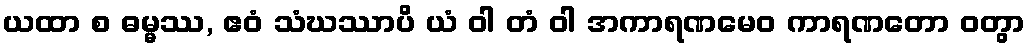
ယထာ စ ဓမ္မဿ, ဧဝံ သံဃဿာပိ ယံ ဝါ တံ ဝါ အကာရဏမေဝ ကာရဏတော ဝတွာ